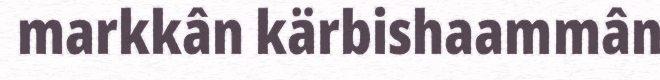
markkân kärbishaammân